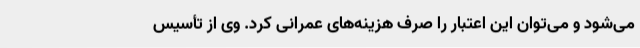
می‌شود و می‌توان این اعتبار را صرف هزینه‌های عمرانی کرد. وی از تأسیس